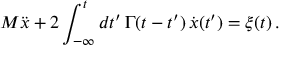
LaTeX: M \ddot { x } + 2 \int _ { - \infty } ^ { t } d t ^ { \prime } \, \Gamma ( t - t ^ { \prime } ) \, \dot { x } ( t ^ { \prime } ) = \xi ( t ) \, .